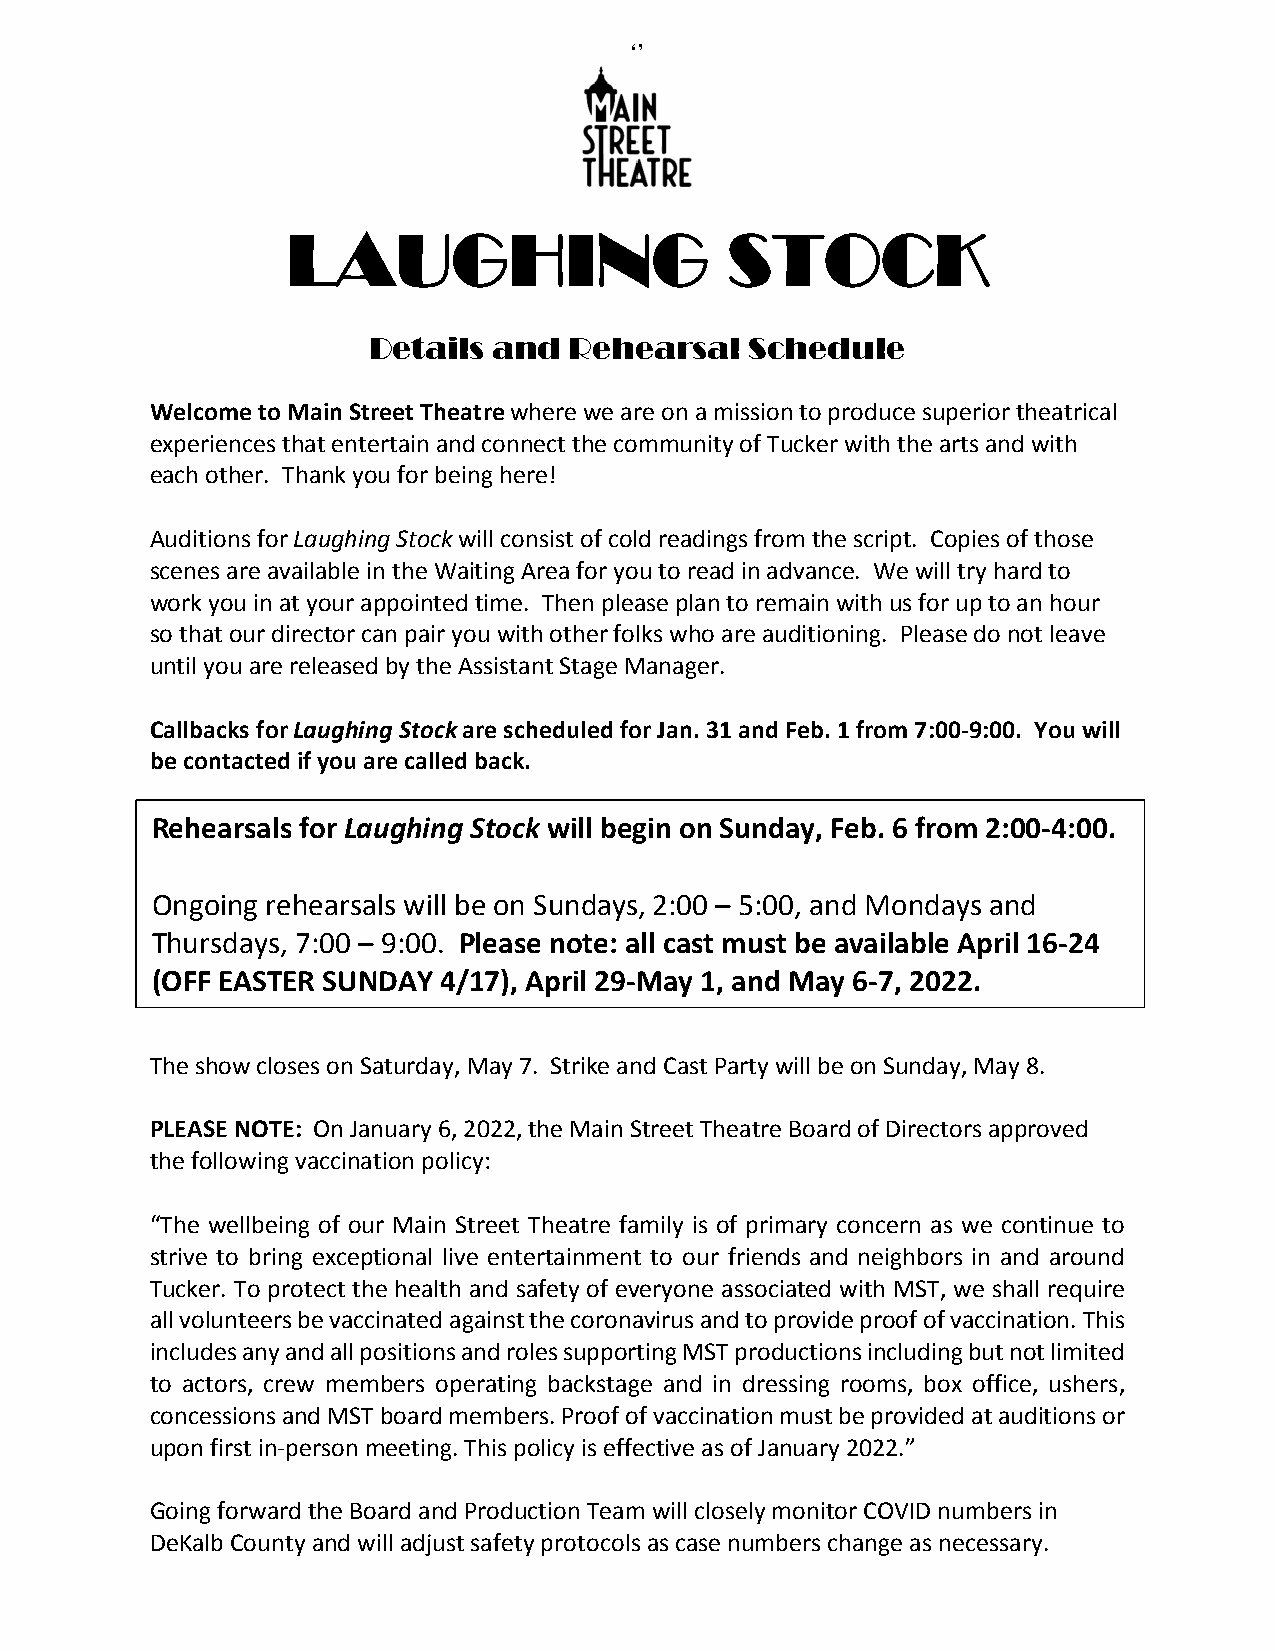
‘’
 LAUGHING                     STOCK
 Details  and  Rehearsal   Schedule
 Welcome to Main Street Theatre where we are on a mission to produce superior theatrical
 experiences that entertain and connect the community of Tucker with the arts and with
 each other. Thank you for being here!
 Auditions for Laughing Stock will consist of cold readings from the script. Copies of those
 scenes are available in the Waiting Area for you to read in advance. We will try hard to
 work you in at your appointed time. Then please plan to remain with us for up to an hour
 so that our director can pair you with other folks who are auditioning. Please do not leave
 until you are released by the Assistant Stage Manager.
 Callbacks for Laughing Stock are scheduled for Jan. 31 and Feb. 1 from 7:00-9:00. You will
 be contacted if you are called back.
 Rehearsals for Laughing Stock will begin on Sunday, Feb. 6 from 2:00-4:00.
 Ongoing rehearsals will be on Sundays, 2:00 – 5:00, and Mondays and
 Thursdays, 7:00 – 9:00. Please note: all cast must be available April 16-24
 (OFF EASTER SUNDAY 4/17), April 29-May 1, and May 6-7, 2022.
 The show closes on Saturday, May 7. Strike and Cast Party will be on Sunday, May 8.
 PLEASE NOTE: On January 6, 2022, the Main Street Theatre Board of Directors approved
 the following vaccination policy:
 “The wellbeing of our Main Street Theatre family is of primary concern as we continue to
 strive to bring exceptional live entertainment to our friends and neighbors in and around
 Tucker. To protect the health and safety of everyone associated with MST, we shall require
 all volunteers be vaccinated against the coronavirus and to provide proof of vaccination. This
 includes any and all positions and roles supporting MST productions including but not limited
 to actors, crew members operating backstage and in dressing rooms, box office, ushers,
 concessions and MST board members. Proof of vaccination must be provided at auditions or
 upon first in-person meeting. This policy is effective as of January 2022.”
 Going forward the Board and Production Team will closely monitor COVID numbers in
 DeKalb County and will adjust safety protocols as case numbers change as necessary.